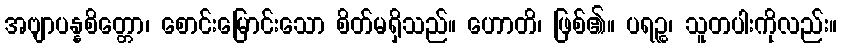
အဗျာပန္နစိတ္တော၊ စောင်းမြောင်းသော စိတ်မရှိသည်။ ဟောတိ၊ ဖြစ်၏။ ပရဉ္စ၊ သူတပါးကိုလည်း။